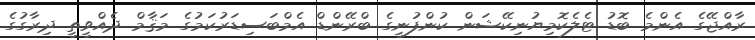
ރާއްޖޭގެ އެންމެ ބޮޑު ޓެލެކޮމިޔުނިކޭޝަން ކުންފުނީގެ ބްރޭންޑް އެމްބަސިޑަރުކަމުގެ މަޤާމް ދެއްވީތީ ދިރާގުގެ